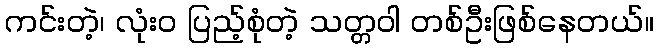
ကင်းတဲ့၊ လုံးဝ ပြည့်စုံတဲ့ သတ္တဝါ တစ်ဦးဖြစ်နေတယ်။